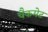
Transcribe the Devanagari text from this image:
चैकमेट